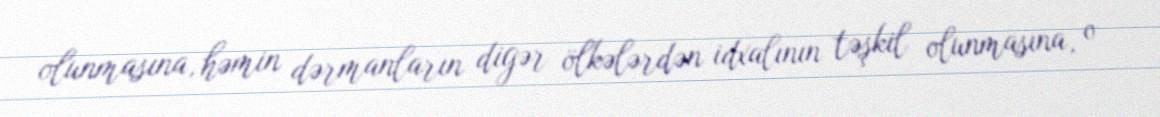
olunmasına, həmin dərmanların digər ölkələrdən idxalının təşkil olunmasına, o